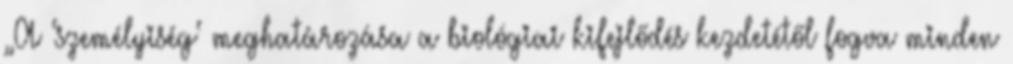
„A ‘személyiség‘ meghatározása a biológiai kifejlődés kezdetétől fogva minden